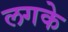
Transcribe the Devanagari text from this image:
लगके